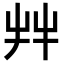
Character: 𦫹